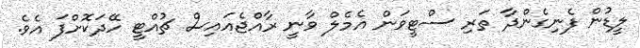
ލީޑުން ފެނިގެންދާ ތަރި ސްޓީވަން އެމެލް ވާނީ ރާއްޖެއައިސް ޗުއްޓީ ހޭދަކޮށްފަ އެވެ.